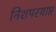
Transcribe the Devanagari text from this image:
निशपरयाप्त